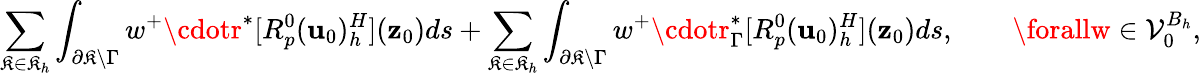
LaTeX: \sum_{\mathfrak{K}\in\mathcal{{\mathfrak{K}}}_{h}}\int_{\partial\mathfrak{K}\backslash\Gamma}w^{+}\cdotr^{*}[R_{p}^{0}(\mathbf{{u}}_{0})_{h}^{H}](\mathbf{{z}}_{0})ds+\sum_{\mathfrak{K}\in\mathcal{{\mathfrak{K}}}_{h}}\int_{\partial\mathfrak{K}\backslash\Gamma}w^{+}\cdotr_{\Gamma}^{*}[R_{p}^{0}(\mathbf{{u}}_{0})_{h}^{H}](\mathbf{{z}}_{0})ds,\qquad\forallw\in\mathcal{{V}}_{0}^{B_{h}},